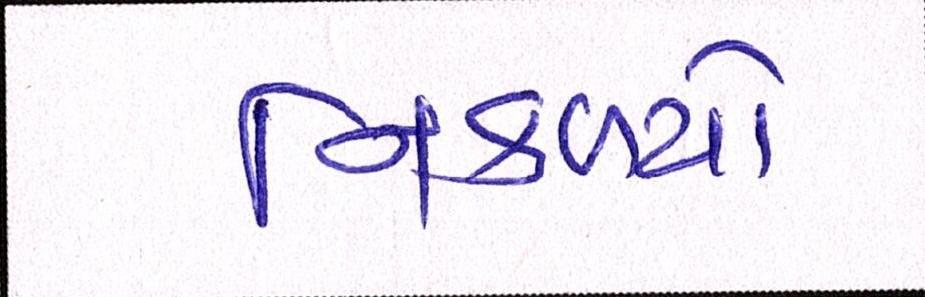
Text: નિકળ્યો